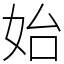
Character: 始